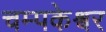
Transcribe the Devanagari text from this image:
चम्पकेश्वर